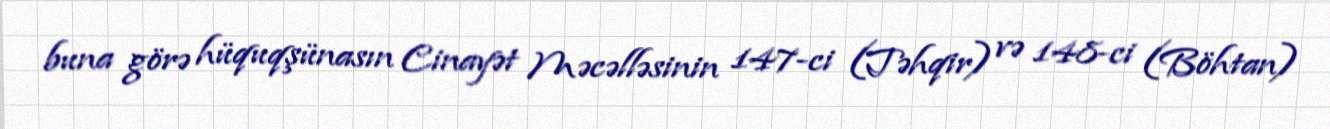
buna görə hüquqşünasın Cinayət Məcəlləsinin 147-ci (Təhqir) və 148-ci (Böhtan)